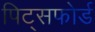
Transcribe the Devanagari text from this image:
पिट्सफोर्ड